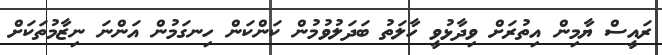
ރައީސް ޔާމިން އިތުރަށް ވިދާޅުވީ ހާލަތު ބަދަލުވުމުން ކަންކަން ހިނގަމުން އަންނަ ނިޒާމުތަކަށް